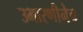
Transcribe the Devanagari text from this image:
उभारणीनेच